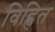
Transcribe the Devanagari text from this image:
विह्नित